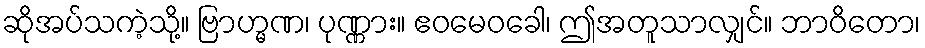
ဆိုအပ်သကဲ့သို့။ ဗြာဟ္မဏ၊ ပုဏ္ဏား။ ဧဝမေဝခေါ၊ ဤအတူသာလျှင်။ ဘာဝိတော၊